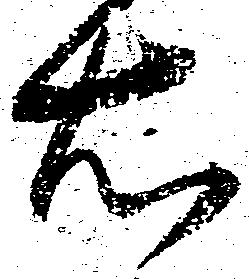
右